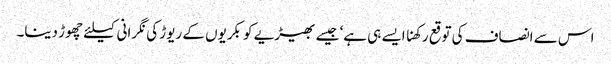
اس سے انصاف کی توقع رکھنا ایسے ہی ہے‘ جیسے بھیڑیے کو بکریوں کے ریوڑ کی نگرانی کیلئے چھوڑ دینا۔